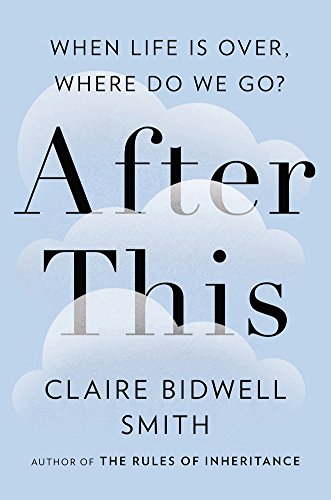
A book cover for After This: When Life Is Over, Where Do We Go?; Claire Bidwell Smith; Religion & Spirituality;